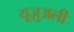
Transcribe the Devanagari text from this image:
यूज़ुअली